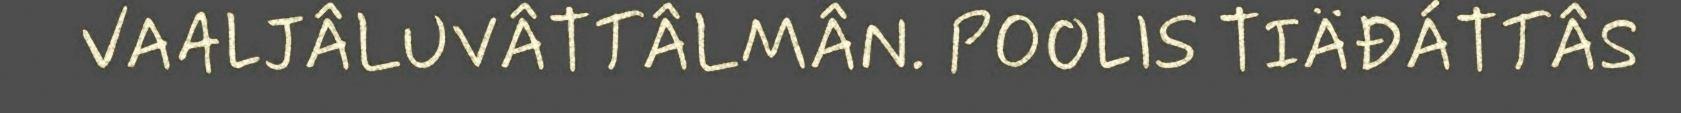
VAALJÂLUVÂTTÂLMÂN. POOLIS TIÄĐÁTTÂS